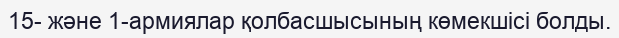
15- және 1-армиялар қолбасшысының көмекшісі болды.